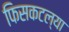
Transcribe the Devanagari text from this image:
फिसकटल्या